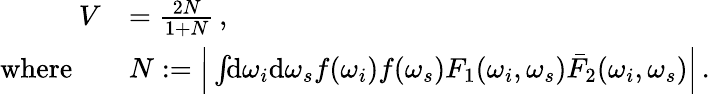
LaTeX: \begin{array}{rl}{V}&{=\frac{2N}{1+N}\, ,}\\ {\mathrm{where}\quad}&{N:=\Big|\int\! \! \mathrm{d}\omega_{i}\mathrm{d}\omega_{s}f(\omega_{i})f(\omega_{s})F_{1}(\omega_{i},\omega_{s})\bar{F}_{2}(\omega_{i},\omega_{s})\Big|\, .}\end{array}